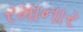
રમાનાર